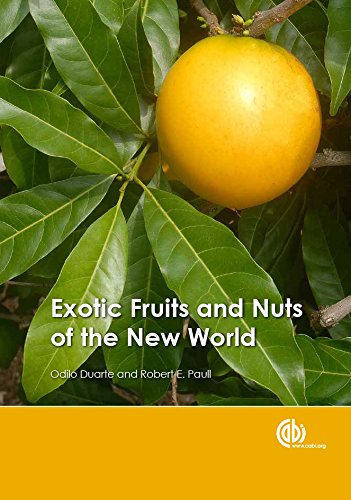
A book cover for Exotic Fruits and Nuts of the New World; Odilio Duarte; Science & Math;